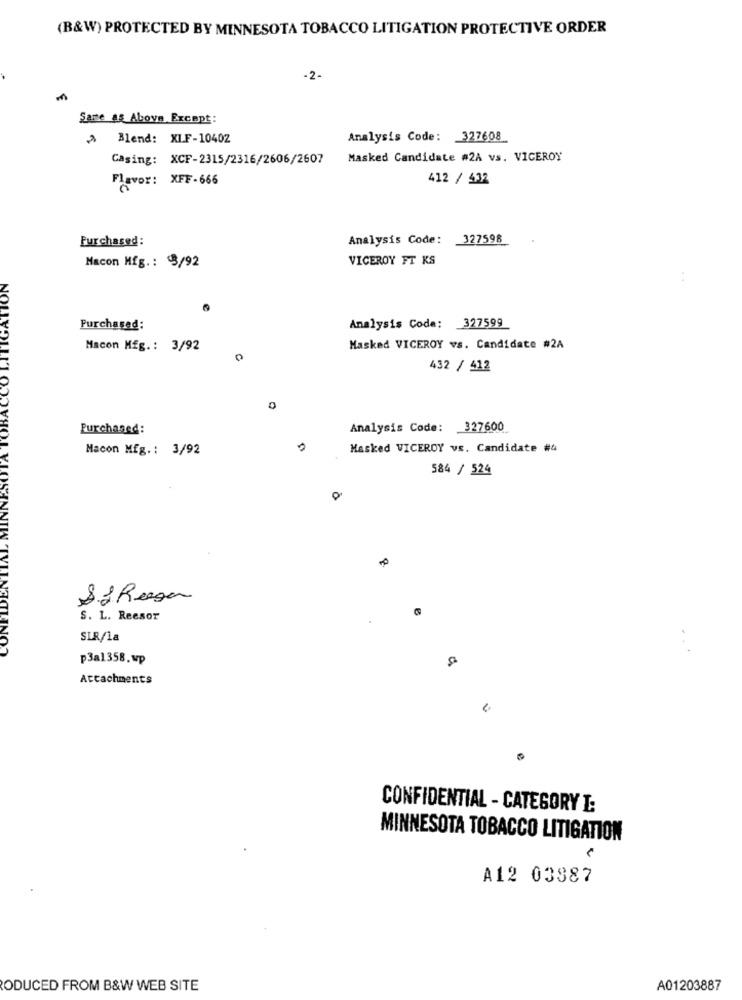
(B&W) PROTECTED BY MINNESOTA TOBACCO LITIGATION PROTECTIVE ORDER
-2-
Sare as Above Except:
A Blend: XLF-10402
Analysis Code: 327608
Casing: XCF-2315/2316/2606/2607
Masked Candidate #2A vs. VICEROY
Flavor: XFF-666
412 / 432
Purchased:
Analysis Code: 327598
Macon Mfg .: 3/92
VICEROY FT KS
NOU
Purchased:
Analysis Code: 327599
Macon Mig .: 3/92
Masked VICEROY vs. Candidate #2A
432 / 412
Purchased:
Analysis Code: 327600
Macon Mfg .: 3/92
Masked VICEROY vs. Candidate #4
584 / 524
$ 2 Ruega
S. L. Reesor
SIR/la
p3a1358.wp
Attachments
CONFIDENTIAL - CATEGORY I:
MINNESOTA TOBACCO LITIGATION
A12 03887
ODUCED FROM B&W WEB SITE
A01203887